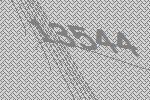
13544